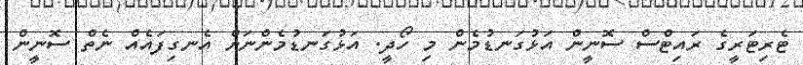
ޓެރިޓަރީގެ ރައިޓްސް ސޮނީން އަޅުގަނޑުމެން މި ހޯދީ. އަޅުގަނޑުމެންނަށް އެނގިފައެއް ނެތް ސޮނީން